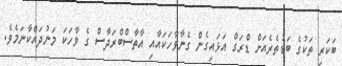
ބަކަރި ތަކުގެ ބަޑުތެރެއަށް ޑްރަގް އަޅައިގެން ގެނާވާހަކައާއި އާތާސްބްރަދާސް ގެ ވާހަކަ މަނުދައްކާނަމެވެ.